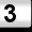
Digit: 3